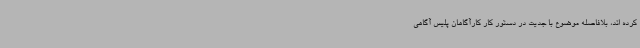
کرده اند، بلافاصله موضوع با جدیت در دستور کار کارآگاهان پلیس آگاهی